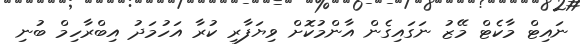
ނައިޓް މާކެޓް މޭޒު ނަގައިގެން އާންމުކޮށް ވިޔަފާރި ކުރާ އަހުމަދު އިބްރާހިމް ބުނި